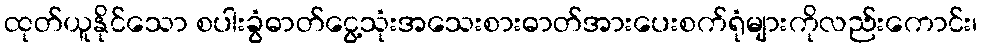
ထုတ်ယူနိုင်သော စပါးခွံဓာတ်ငွေ့သုံးအသေးစားဓာတ်အားပေးစက်ရုံများကိုလည်းကောင်း၊